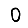
Digit: 0